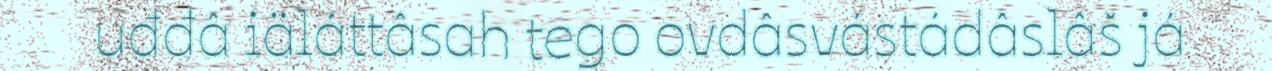
uđđâ iäláttâsah tego ovdâsvástádâslâš já